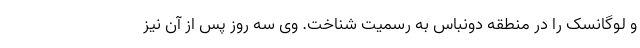
و لوگانسک را در منطقه دونباس به رسمیت شناخت. وی سه روز پس از آن نیز